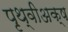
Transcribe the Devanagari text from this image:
पृथ्वीअक्ष